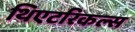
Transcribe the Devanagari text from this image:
थिएटरिकल्स